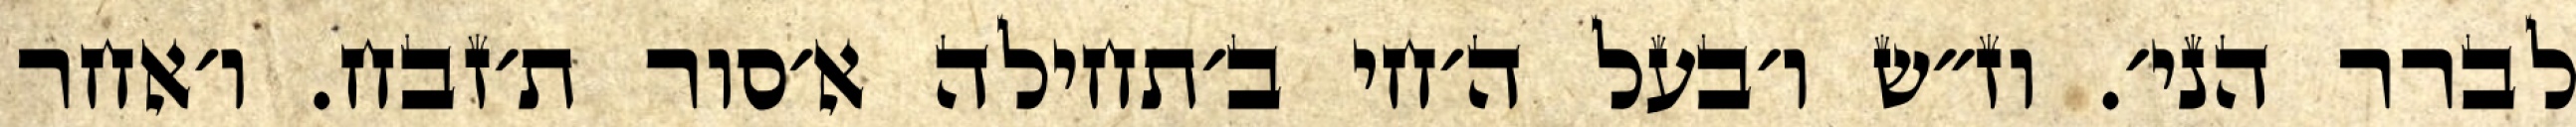
לברר הני׳. וז״ש ו׳בעל ה׳חי ב׳תחילה א׳סור ת׳זבח. ו׳אחר